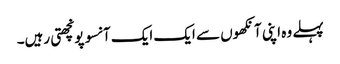
پہلے وہ اپنی آنکھوں سے ایک ایک آنسو پونچھتی رہیں۔